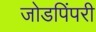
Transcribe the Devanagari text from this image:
जोडपिंपरी